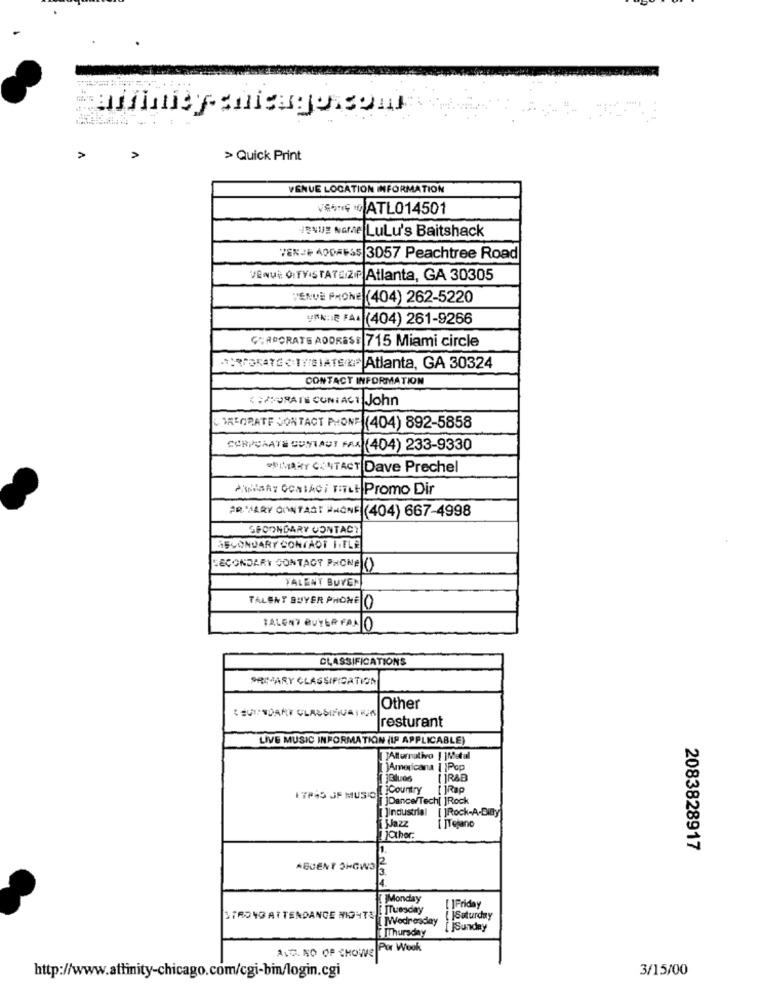
> Quick Print
VENUE LOCATION INFORMATION
VATL014501
424UE NaMe Lulu's Baitshack
TENJADASS|3057 Peachtree Road
VENUE :TVISTATA.ZIP Atlanta, GA 30305
VENUE PHONE (404) 262-5220
VAN: FAL (404) 261-9266
GRADORATS ADDRESS 715 Miami circle
:RORATE CIY/SIATE # Atlanta, GA 30324
CONTACT INFORMATION
< HAFORATE CONTACT John
TREORATE JONTACT PHONE (404) 892-5858
CORPORATE CUNTADI FAX (404) 233-9330
SUMMARY CONTACT Dave Prechel
Awany GONIAci TITLE Promo Dir
AR'AARY OANTAST PHONE (404) 667-4998
SECONDARY CONTACT
SECONDARY CONTAOT F.TLE
SECONDARY CONTACT PHONE ()
YALENY BUVEN
TALENT BUYER PHONE (
TALONY BUYER FALLO
00
CLASSIFICATIONS
PRIMARY CLASSIFICATION
Other
resturant
LIVE MUSIC INFORMATION (IF APPLICABLE)
[]Alternativo [ ]Metal
[ ]Americana | |Pop
[ ]RAB
Country [ ]Rap
ETPAS JF MUSIC
Dance/Tech[ ]Rock
[ ]Industrial [ ]Rock-A-Diay]
Jazz
[ ]Tejano
Other:
2083828917
ABCENT SHOWS
[]Monday
STRONGATTENDANCE NIGHTS ETTuesday
IFriday
LIWednesday
Saturday
jSunday
ALG. NO OP SHOWS
Por Wook
http://www.attinity-chicago.com/cgi-bin/login.cgi
3/15/00